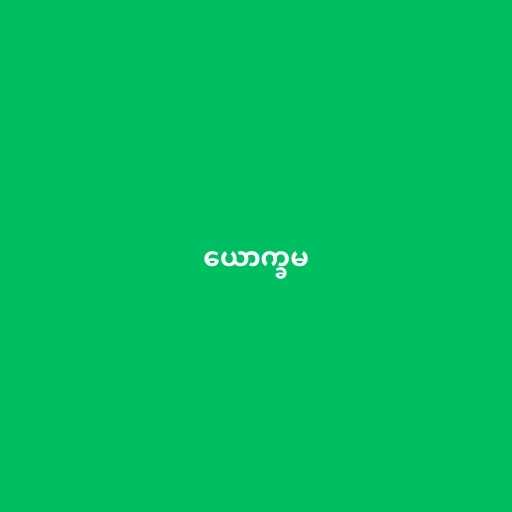
ယောက္ခမ